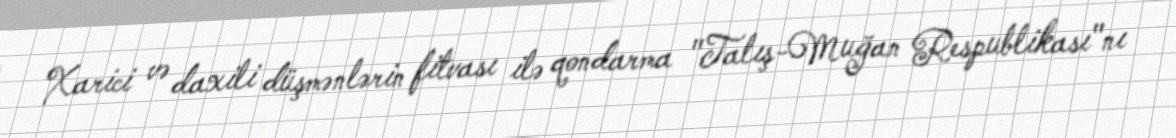
Xarici və daxili düşmənlərin fitvası ilə qondarma "Talış-Muğan Respublikası"nı